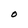
Character: O